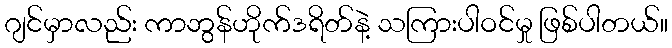
ဂျင်မှာလည်း ကာဘွန်ဟိုက်ဒရိတ်နဲ့ သကြားပါဝင်မှု ဖြစ်ပါတယ်။